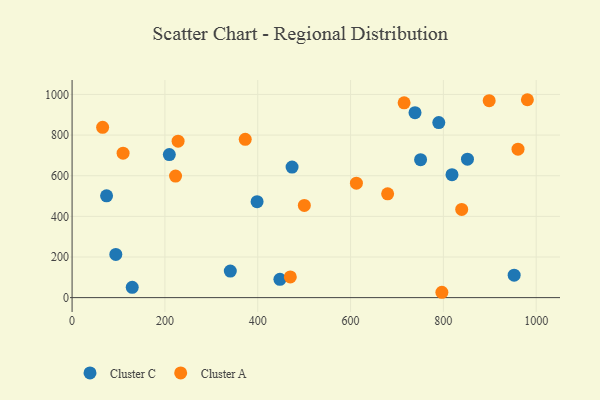
{"axis": {"x": "Speed", "y": "Fuel Efficiency"}, "legend": ["Cluster A", "Cluster C"], "data": [{"x": "129.6", "y": 50.5, "type": "Cluster C"}, {"x": "952.5", "y": 110.4, "type": "Cluster C"}, {"x": "750.9", "y": 678.8, "type": "Cluster C"}, {"x": "94.2", "y": 212.6, "type": "Cluster C"}, {"x": "474.0", "y": 642.6, "type": "Cluster C"}, {"x": "447.8", "y": 90.1, "type": "Cluster C"}, {"x": "398.6", "y": 472.5, "type": "Cluster C"}, {"x": "738.9", "y": 910.4, "type": "Cluster C"}, {"x": "340.9", "y": 130.7, "type": "Cluster C"}, {"x": "851.9", "y": 681.3, "type": "Cluster C"}, {"x": "790.1", "y": 861.4, "type": "Cluster C"}, {"x": "818.6", "y": 605.2, "type": "Cluster C"}, {"x": "74.3", "y": 501.1, "type": "Cluster C"}, {"x": "209.5", "y": 704.0, "type": "Cluster C"}, {"x": "715.4", "y": 958.8, "type": "Cluster A"}, {"x": "839.5", "y": 434.3, "type": "Cluster A"}, {"x": "222.9", "y": 598.3, "type": "Cluster A"}, {"x": "612.6", "y": 563.3, "type": "Cluster A"}, {"x": "981.0", "y": 974.1, "type": "Cluster A"}, {"x": "470.2", "y": 102.1, "type": "Cluster A"}, {"x": "500.4", "y": 453.6, "type": "Cluster A"}, {"x": "960.8", "y": 730.8, "type": "Cluster A"}, {"x": "373.1", "y": 779.1, "type": "Cluster A"}, {"x": "898.7", "y": 969.5, "type": "Cluster A"}, {"x": "679.9", "y": 511.0, "type": "Cluster A"}, {"x": "228.4", "y": 770.3, "type": "Cluster A"}, {"x": "65.8", "y": 838.4, "type": "Cluster A"}, {"x": "796.8", "y": 26.3, "type": "Cluster A"}, {"x": "109.9", "y": 711.1, "type": "Cluster A"}]}